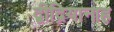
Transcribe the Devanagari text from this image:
द्बीद्रियानाह